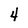
Character: 4